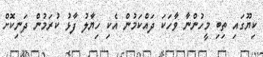
ކިޔޫގައި ތިބި މީހުންނާ ވާހަކަ ދައްކަމުން އެކި ހިޔާލު ފާޅު ކުރަމުން ދަނިކޮށް